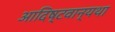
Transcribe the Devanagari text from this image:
आदिष्टवान्यथा